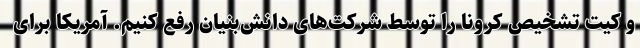
و کیت تشخیص کرونا را توسط شرکت‌های دانش‌بنیان رفع کنیم. آمریکا برای